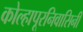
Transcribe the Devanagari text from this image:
कोल्हापूरनिवासिनी